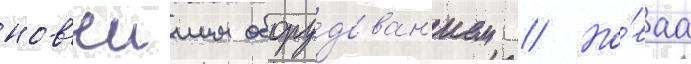
нов'еишим обору́дован'ием // Но́ваа